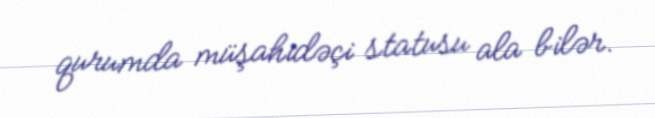
qurumda müşahidəçi statusu ala bilər.